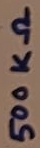
Text: 500KΩ